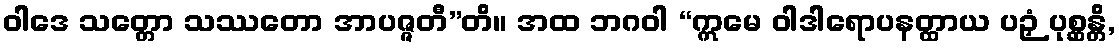
ဝါဒေ သတ္တော သဿတော အာပဇ္ဇတီ”တိ။ အထ ဘဂဝါ “ဣမေ ဝါဒါရောပနတ္ထာယ ပဉှံ ပုစ္ဆန္တိ,